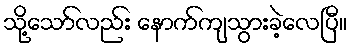
သို့သော်လည်း နောက်ကျသွားခဲ့လေပြီ။